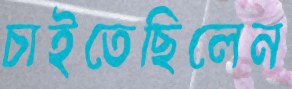
চাইতেছিলেন